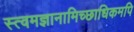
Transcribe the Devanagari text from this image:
स्त्वमज्ञानामिच्छाधिकमपि